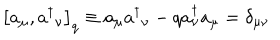
{ } \left[ a _ { \mu } , a { ^ \dagger } { _ \nu } \right] _ { q } \equiv a _ { \mu } a { ^ \dagger } _ { \nu } - q a _ { \nu } ^ { \dagger } a _ { \mu } = \delta _ { \mu \nu }